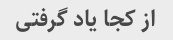
از کجا یاد گرفتی